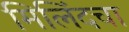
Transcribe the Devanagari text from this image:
मिलिंदचा